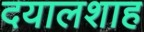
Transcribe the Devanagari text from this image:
दयालशाह